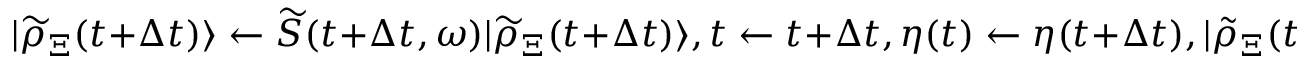
| \widetilde { \rho } _ { \Xi } ( t + \Delta t ) \rangle \leftarrow \widetilde { S } ( t + \Delta t , \omega ) | \widetilde { \rho } _ { \Xi } ( t + \Delta t ) \rangle , t \gets t + \Delta t , \eta ( t ) \gets \eta ( t + \Delta t ) , | \tilde { \rho } _ { \Xi } ( t ) \rangle \gets | \tilde { \rho } _ { \Xi } ( t + \Delta t ) \rangle